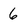
Character: 6